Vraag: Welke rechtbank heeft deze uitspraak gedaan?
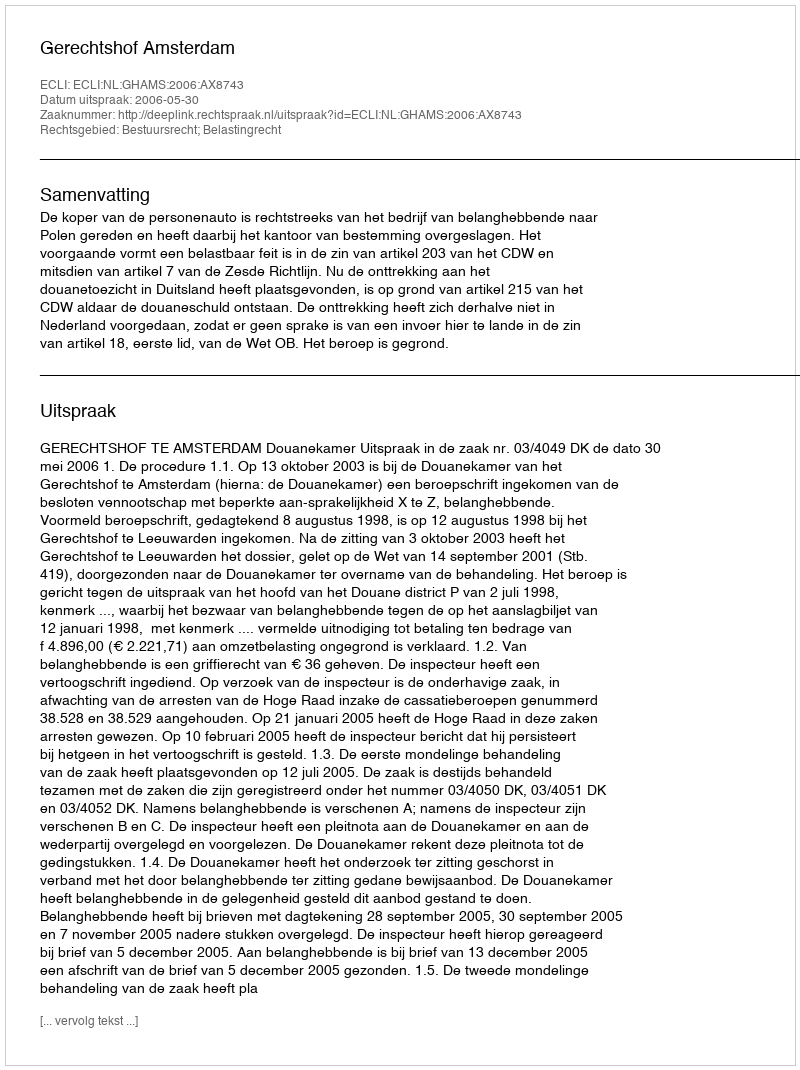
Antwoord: Gerechtshof Amsterdam